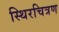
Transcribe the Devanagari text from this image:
स्थिरचित्रण